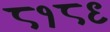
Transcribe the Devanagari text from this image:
८१८९